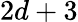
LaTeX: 2d+3